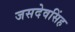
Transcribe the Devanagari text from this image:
जसदेवसिंह